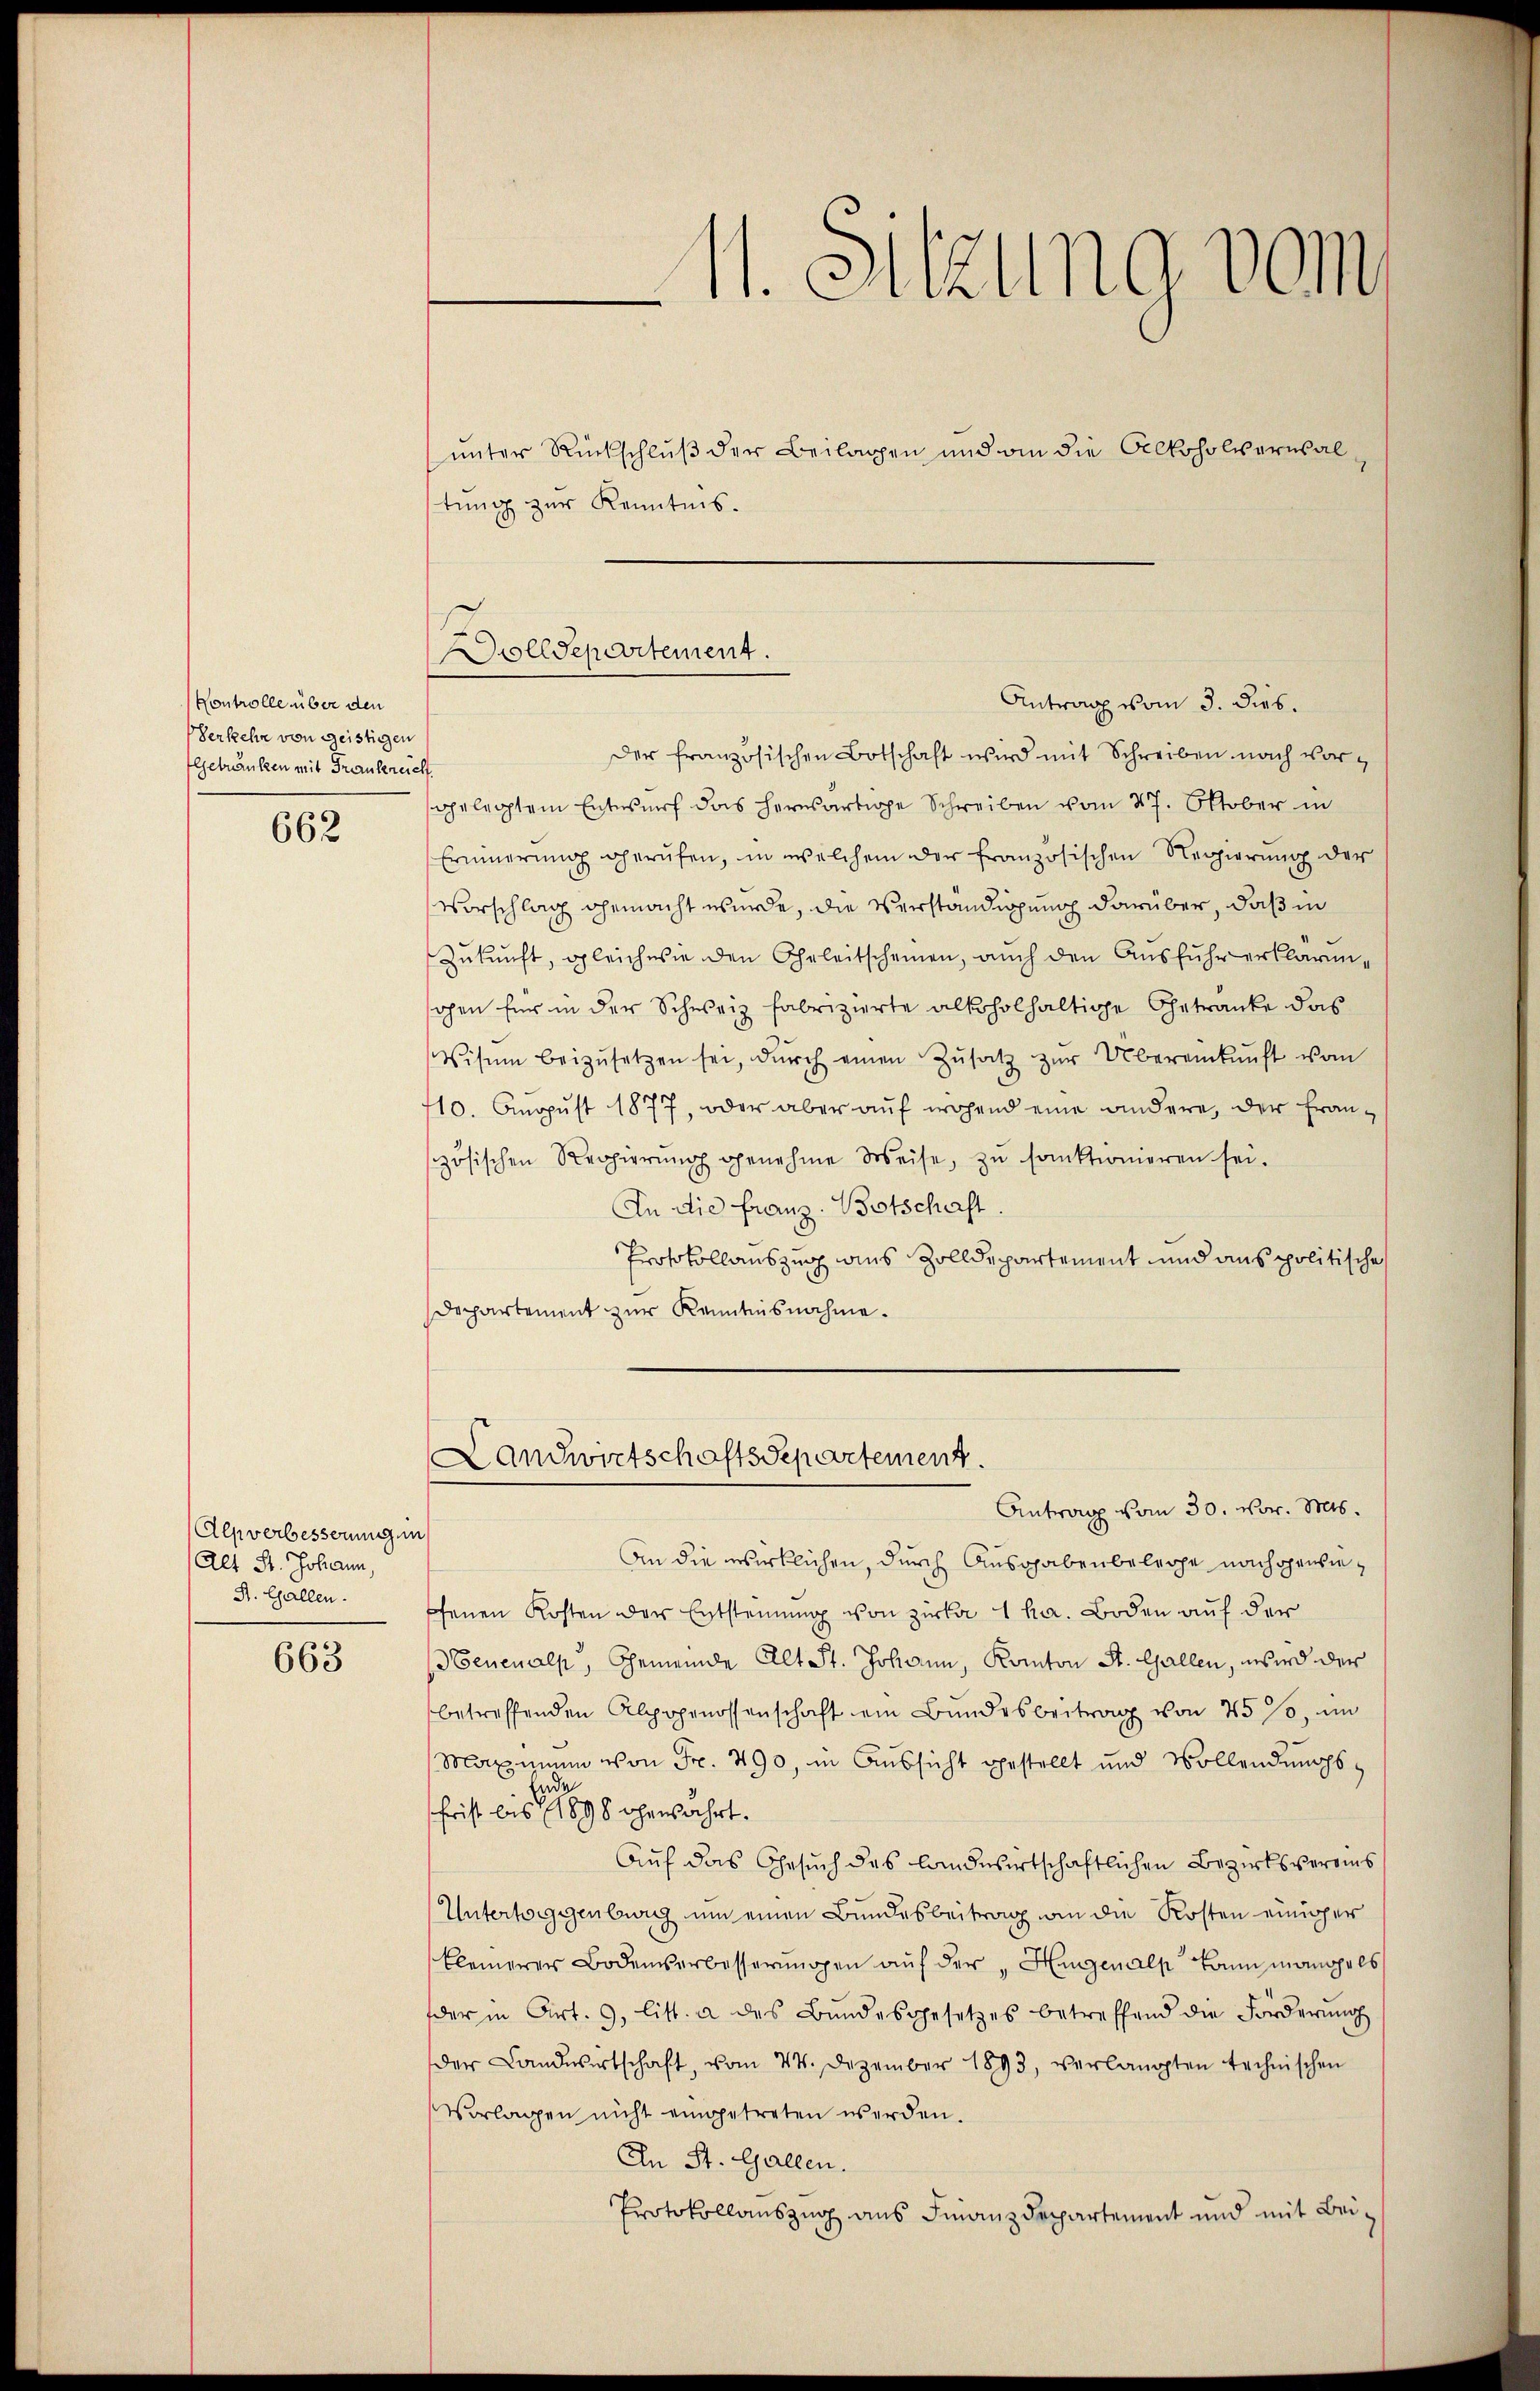
Kontrolle über den
Verkehr von geistigen
Getränken mit Frankreicht.

662

Alpverbesserung ein
Alt St. Johann,
St. Gallen.

663

11. Sitzung vom
e

unter Rückschluß der Beilagen und an die Alkoholverwalstung zur Kenntnis.
der französischen Botschaft wird mit Schreiben nach vorgelegtem Entwurf das herwärtige Schreiben vom 27. Oktober in
Erinnerung gerufen, in welchem der französischen Regierung der
Vorschlag gemacht wurde, die Verständigung darüber, daß in
Zukunft, gleichwie den Geleitscheinen, auch den Ausfuhr erklärunsahen für in der Schweiz fabrizierte alkoholhaltige Getränke das
Visum beizŭsetzen sei, dŭrch einen Zŭsatz zŭr Übereinkunft vom
710. August 1877, oder aber auf wohend eine andere, der Französischen Regierŭng genehme Weise, zŭ sanktionieren sei.
In die Franz Botschaft
Protokollauszug aus Zolldepartement und aus politische
Departement zur Kenntnisnahme.
Landwirtschaftssepartement
Antrag vom 30. Nov. 1816.
An die wirklichen, durch Ausgabenbeleihe nachgewieffenen Kosten der Entsteinung von Zirka 1 ha. Boden auf der
benenalp, Gemeinde Alt St. Johann, Kanton St. Gallen, wird der
betreffenden Alpgenossenschaft ein Bundesbeitrag von 25 %, im
Maximum von Fr. 490, in Aussicht gestellt und Vollendungs¬
Ende
frist bis 1898 bewahrt.
Aŭf das Gesŭch des landwirtschaftlichen Bezirksvereins
Untertoggenbeweg um einen Bundesbeitrag an die Kosten einiger
kleinerer Bodenverbesserŭngen aŭf der "Hienalp kaum monopols
der in Art. 9. litt. a des Bŭndesgesetzes betreffend die Forderŭng
der Landwirtschaft, vom 24. Dezember 1893, verlangten technischen
Vorlagen nicht eingetreten werden.
An St. Gallen.
Protokollauszug aus Finanzdepartement und mit Bei¬

Drolldepartement.
Antrag vom 3. dies.